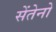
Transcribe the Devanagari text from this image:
सेंतेनो